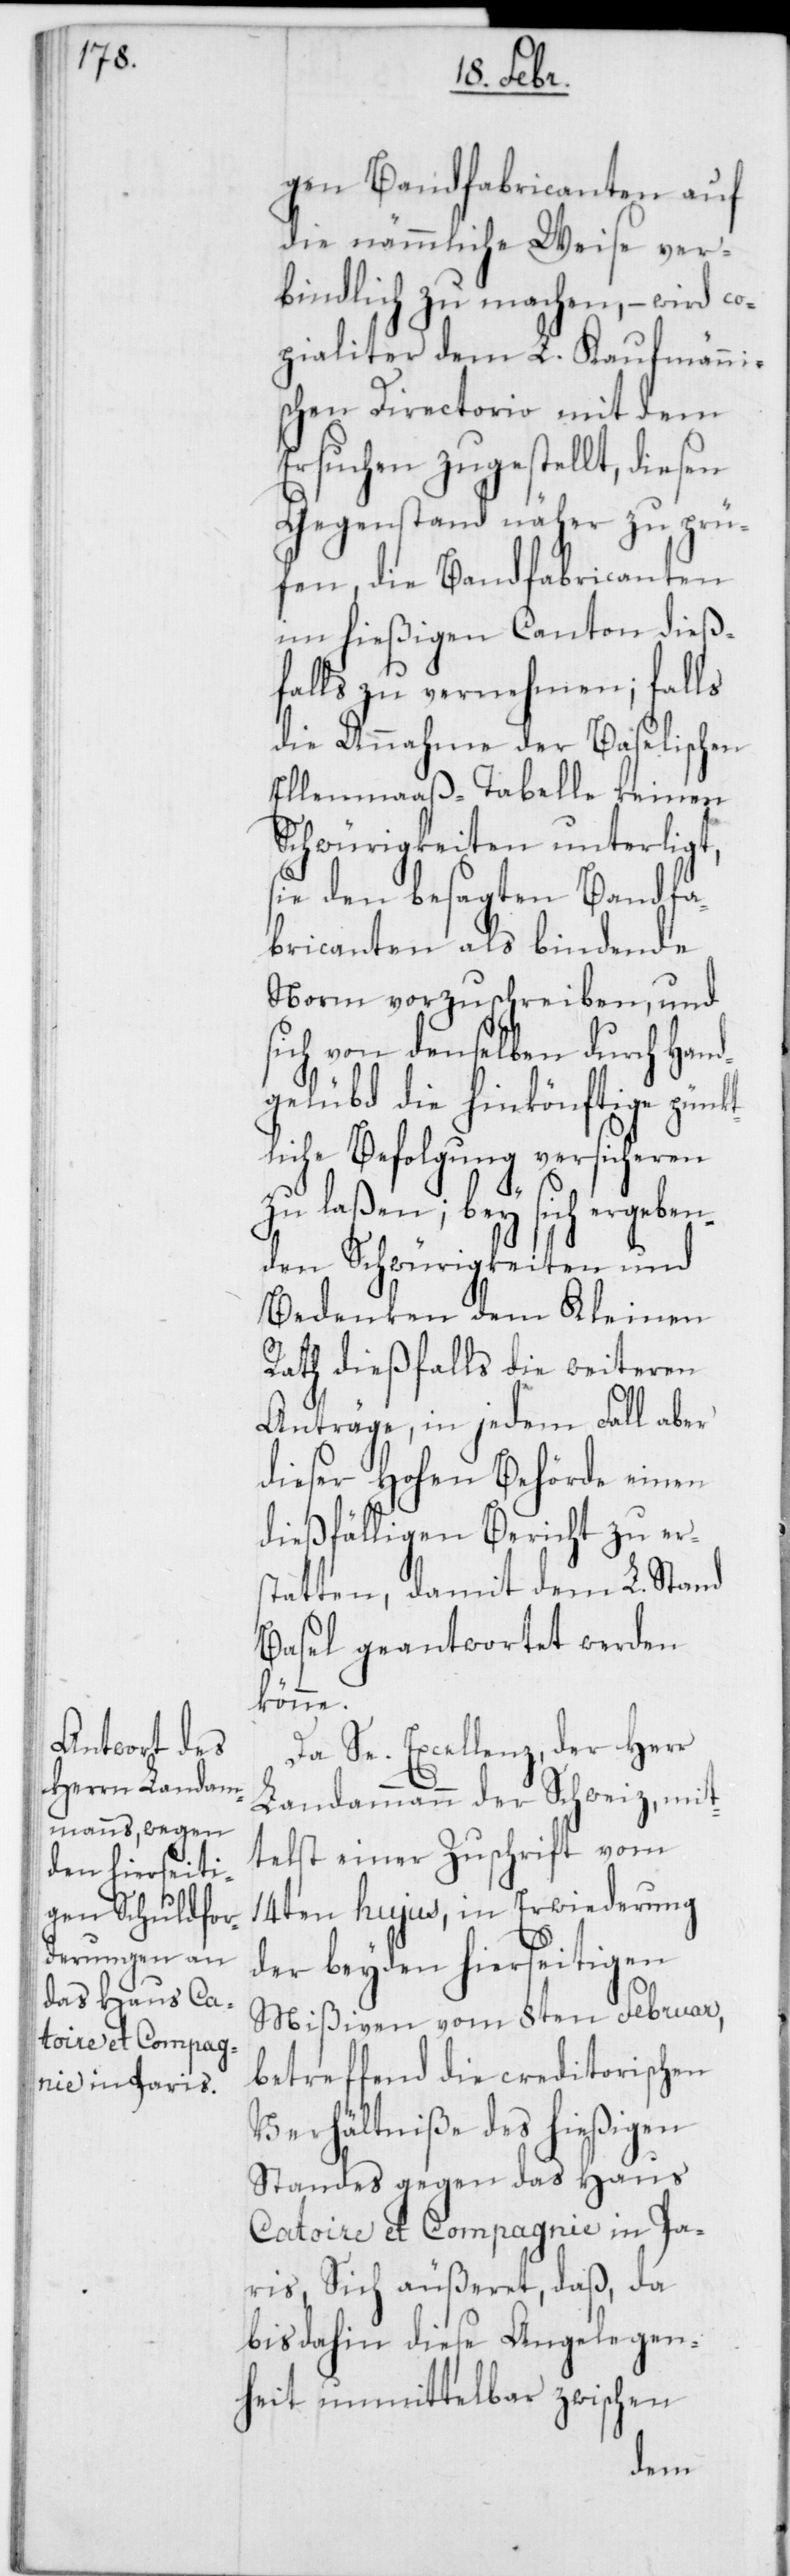
gen Bandfabricanten auf
die nämmliche Weise ver¬
bindlich zu machen, – wird co¬
pialiter dem L. Kaufmänni¬
schen Directorio mit dem
Ersuchen zugestellt, diesen
Gegenstand näher zu prü¬
fen, die Bandfabricanten
im hießigen Canton dieß¬
falls zu vernehmen; falls
die Annahme der Baselischen
Ellenmaaß-Tabelle keinen
Schwürigkeiten unterligt,
sie den besagten Bandfa¬
bricanten als bindende
Norm vorzuschreiben, und
sich von denselben durch Hand¬
gelübd die hinkönftige pünk¬
tliche Befolgung versicheren
zu laßen; bey sich ergeben¬
den Schwürigkeiten und
Bedenken dem Kleinen
Rath dießfalls die weiteren
Anträge, in jedem Fall aber
dieser Hohen Behörde einen
dießfälligen Bericht zu ers¬
tatten, damit dem L. Stand
Basel geantwortet werden
könne.
Da Se. Excellenz, der Herr
Landammann der Schweiz, mit¬
telst einer Zuschrift vom
14ten hujus, in Erwiederung
der beyden hierseitigen
Mißiven vom 8ten Februar,
betreffend die creditorischen
Verhältniße des hießigen
Standes gegen das Haus
Catoire et Compagnie in Pa¬
ris, Sich äußeret, daß, da
bis dahin diese Angelegen¬
heit unmittelbar zwischen